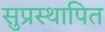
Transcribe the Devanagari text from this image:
सुप्रस्थापित